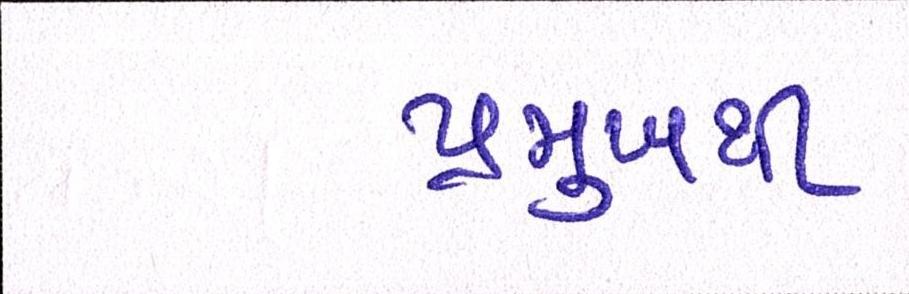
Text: પ્રમુખથી